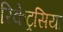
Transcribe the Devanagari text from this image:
रिकेट्रसिया